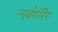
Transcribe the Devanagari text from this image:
न्युर्बर्गरिंग